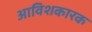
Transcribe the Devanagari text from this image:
आविशकारक